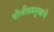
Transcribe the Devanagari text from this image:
पोलीसप्रमुखांचे